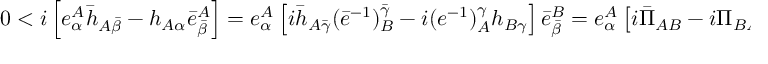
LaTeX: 0 < i \left[ e _ { \alpha } ^ { A } \bar { h } _ { A \bar { \beta } } - h _ { A \alpha } \bar { e } _ { \bar { \beta } } ^ { A } \right] = e _ { \alpha } ^ { A } \left[ i \bar { h } _ { A \bar { \gamma } } ( \bar { e } ^ { - 1 } ) _ { B } ^ { \bar { \gamma } } - i ( e ^ { - 1 } ) _ { A } ^ { \gamma } h _ { B \gamma } \right] \bar { e } _ { \bar { \beta } } ^ { B } = e _ { \alpha } ^ { A } \left[ i \bar { \Pi } _ { A B } - i \Pi _ { B A } \right] \bar { e } _ { \bar { \beta } } ^ { B } \ ,